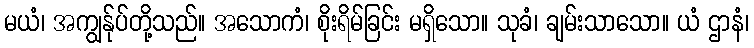
မယံ၊ အကျွန်ုပ်တို့သည်။ အသောကံ၊ စိုးရိမ်ခြင်း မရှိသော။ သုခံ၊ ချမ်းသာသော။ ယံ ဌာနံ၊